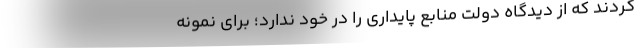
کردند که از دیدگاه دولت منابع پایداری را در خود ندارد؛ برای نمونه